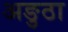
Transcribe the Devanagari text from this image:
अङुठा